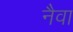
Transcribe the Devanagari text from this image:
नैवा